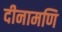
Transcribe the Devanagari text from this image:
दीनामणि